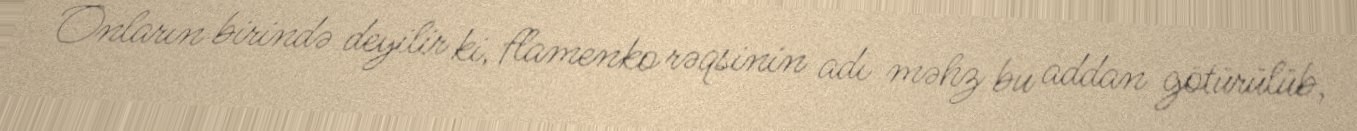
Onların birində deyilir ki, flamenko rəqsinin adı məhz bu addan götürülüb,